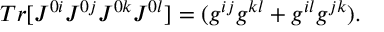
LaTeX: T r [ { \cal { J } } ^ { 0 i } { \cal { J } } ^ { 0 j } { \cal { J } } ^ { 0 k } { \cal { J } } ^ { 0 l } ] = ( g ^ { i j } g ^ { k l } + g ^ { i l } g ^ { j k } ) .